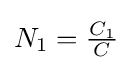
N_{1}={\tfrac {C_{1}}{C}}